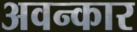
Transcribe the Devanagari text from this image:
अवन्कार